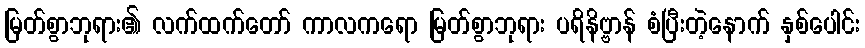
မြတ်စွာဘုရား၏ လက်ထက်တော် ကာလကရော မြတ်စွာဘုရား ပရိနိဗ္ဗာန် စံပြီးတဲ့နောက် နှစ်ပေါင်း